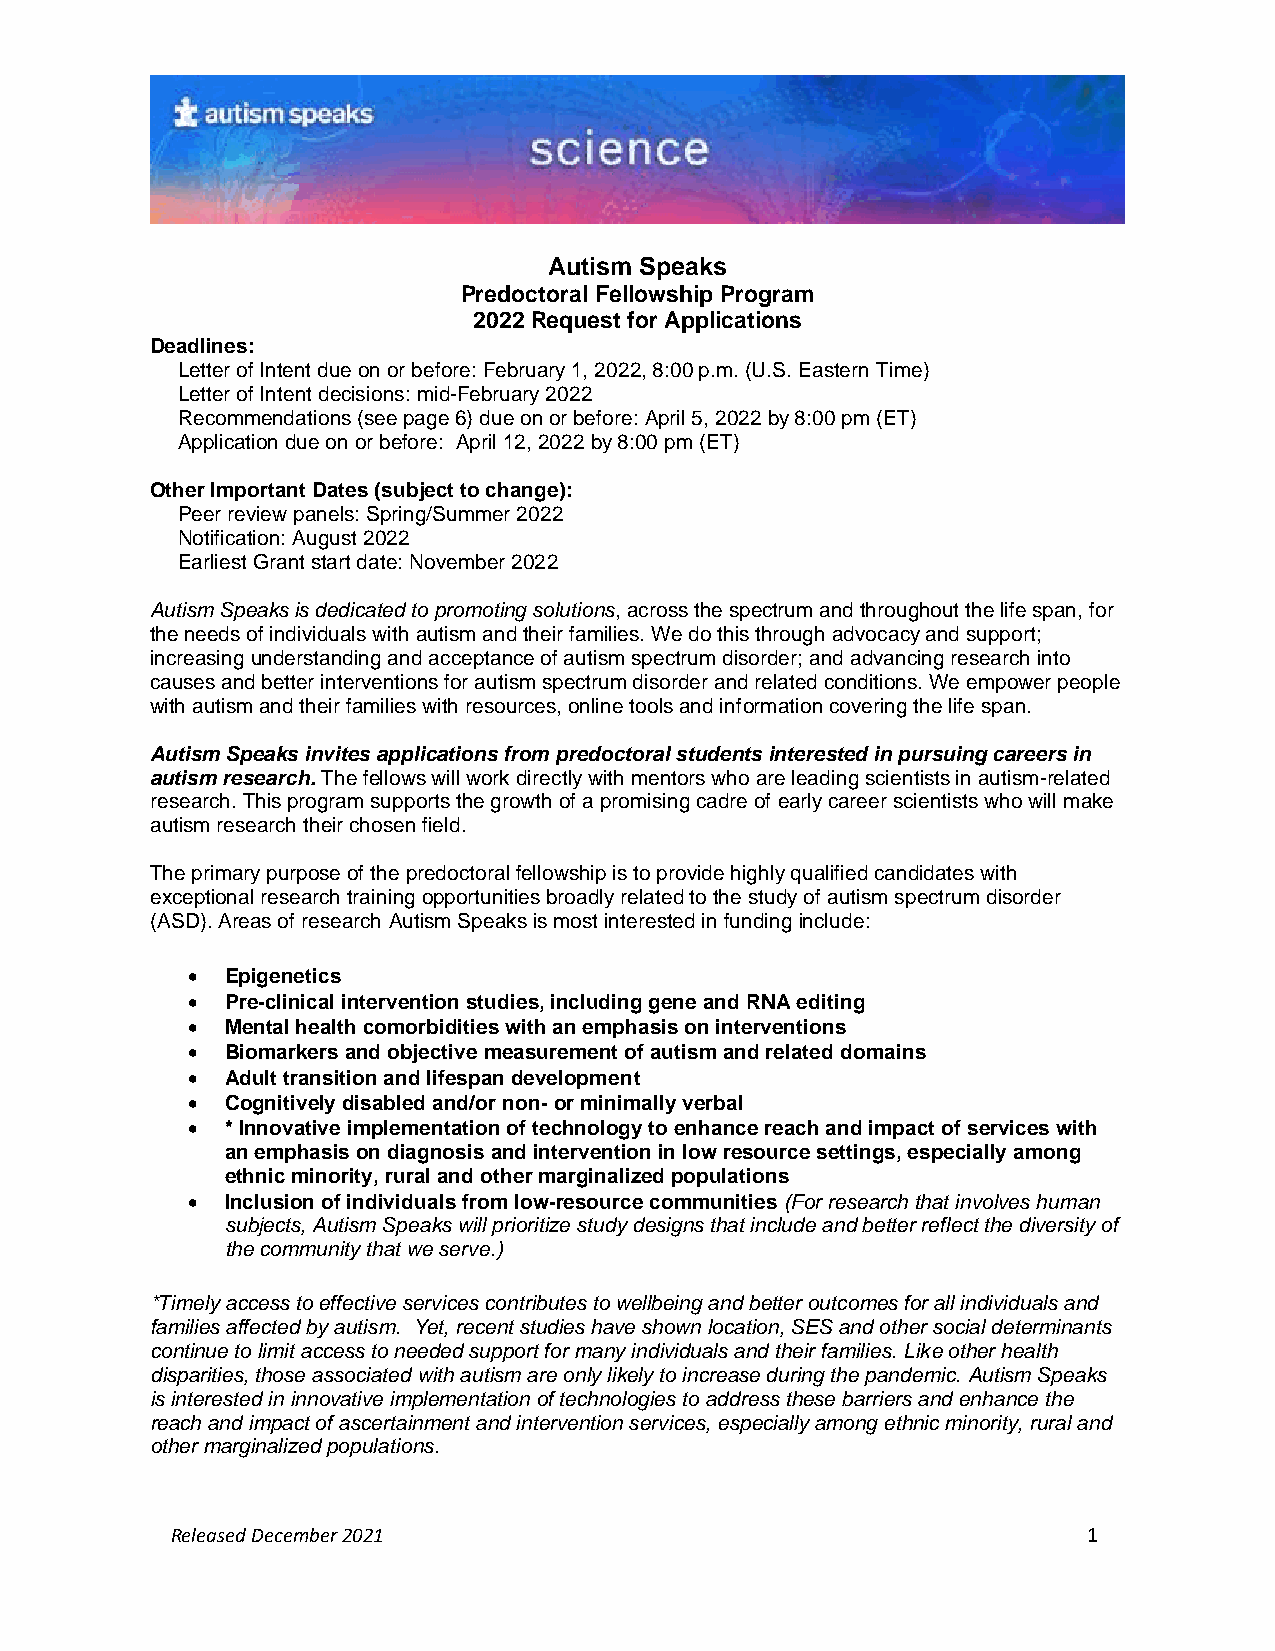
Autism Speaks
 Predoctoral Fellowship Program
 2022 Request for Applications
 Deadlines:
 Letter of Intent due on or before: February 1, 2022, 8:00 p.m. (U.S. Eastern Time)
 Letter of Intent decisions: mid-February 2022
 Recommendations (see page 6) due on or before: April 5, 2022 by 8:00 pm (ET)
 Application due on or before: April 12, 2022 by 8:00 pm (ET)
 Other Important Dates (subject to change):
 Peer review panels: Spring/Summer 2022
 Notification: August 2022
 Earliest Grant start date: November 2022
 Autism Speaks is dedicated to promoting solutions, across the spectrum and throughout the life span, for
 the needs of individuals with autism and their families. We do this through advocacy and support;
 increasing understanding and acceptance of autism spectrum disorder; and advancing research into
 causes and better interventions for autism spectrum disorder and related conditions. We empower people
 with autism and their families with resources, online tools and information covering the life span.
 Autism Speaks invites applications from predoctoral students interested in pursuing careers in
 autism research. The fellows will work directly with mentors who are leading scientists in autism-related
 research. This program supports the growth of a promising cadre of early career scientists who will make
 autism research their chosen field.
 The primary purpose of the predoctoral fellowship is to provide highly qualified candidates with
 exceptional research training opportunities broadly related to the study of autism spectrum disorder
 (ASD). Areas of research Autism Speaks is most interested in funding include:
 •  Epigenetics
 •  Pre-clinical intervention studies, including gene and RNA editing
 •  Mental health comorbidities with an emphasis on interventions
 •  Biomarkers and objective measurement of autism and related domains
 •  Adult transition and lifespan development
 •  Cognitively disabled and/or non- or minimally verbal
 •  * Innovative implementation of technology to enhance reach and impact of services with
 an emphasis on diagnosis and intervention in low resource settings, especially among
 ethnic minority, rural and other marginalized populations
 •  Inclusion of individuals from low-resource communities (For research that involves human
 subjects, Autism Speaks will prioritize study designs that include and better reflect the diversity of
 the community that we serve.)
 *Timely access to effective services contributes to wellbeing and better outcomes for all individuals and
 families affected by autism. Yet, recent studies have shown location, SES and other social determinants
 continue to limit access to needed support for many individuals and their families. Like other health
 disparities, those associated with autism are only likely to increase during the pandemic. Autism Speaks
 is interested in innovative implementation of technologies to address these barriers and enhance the
 reach and impact of ascertainment and intervention services, especially among ethnic minority, rural and
 other marginalized populations.
 Released December 2021                                       1